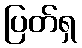
ပြတ်ရှ